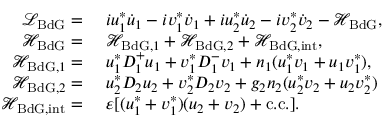
\begin{array} { r l } { \mathcal { L } _ { \mathrm { B d G } } = } & { \ i u _ { 1 } ^ { * } \dot { u } _ { 1 } - i v _ { 1 } ^ { * } \dot { v } _ { 1 } + i u _ { 2 } ^ { * } \dot { u } _ { 2 } - i v _ { 2 } ^ { * } \dot { v } _ { 2 } - \mathcal { H } _ { \mathrm { B d G } } , } \\ { \mathcal { H } _ { \mathrm { B d G } } = } & { \ \mathcal { H } _ { \mathrm { B d G } , 1 } + \mathcal { H } _ { \mathrm { B d G } , 2 } + \mathcal { H } _ { \mathrm { B d G , i n t } } , } \\ { \mathcal { H } _ { \mathrm { B d G } , 1 } = } & { \ u _ { 1 } ^ { * } D _ { 1 } ^ { + } u _ { 1 } + v _ { 1 } ^ { * } D _ { 1 } ^ { - } v _ { 1 } + n _ { 1 } ( u _ { 1 } ^ { * } v _ { 1 } + u _ { 1 } v _ { 1 } ^ { * } ) , } \\ { \mathcal { H } _ { \mathrm { B d G } , 2 } = } & { \ u _ { 2 } ^ { * } D _ { 2 } u _ { 2 } + v _ { 2 } ^ { * } D _ { 2 } v _ { 2 } + g _ { 2 } n _ { 2 } ( u _ { 2 } ^ { * } v _ { 2 } + u _ { 2 } v _ { 2 } ^ { * } ) } \\ { \mathcal { H } _ { \mathrm { B d G , i n t } } = } & { \ \varepsilon [ ( u _ { 1 } ^ { * } + v _ { 1 } ^ { * } ) ( u _ { 2 } + v _ { 2 } ) + \mathrm { c . c . } ] . } \end{array}